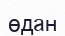
өдан